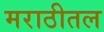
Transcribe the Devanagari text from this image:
मराठीतल